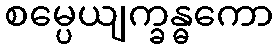
စမ္ပေယျက္ခန္ဓကော